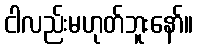
ငါလည်းမဟုတ်ဘူးနော်။